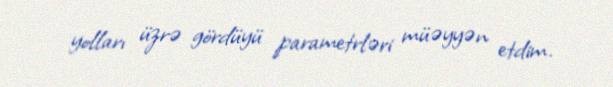
yolları üzrə gördüyü parametrləri müəyyən etdim.